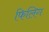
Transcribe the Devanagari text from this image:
फिलिग